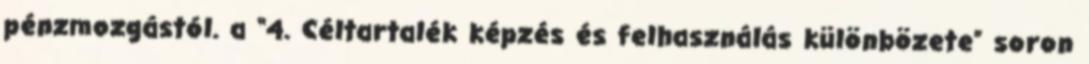
pénzmozgástól. a “4. Céltartalék képzés és felhasználás különbözete” soron